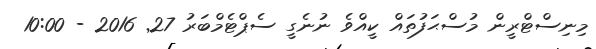
މިނިސްޓްރީން މުސްޙަފުތައް ކީއްވެ ނުނެގީ ސެޕްޓެމްބަރު 27